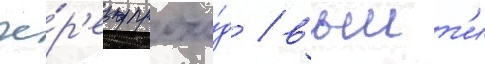
че́р'ез прохо́д / выит'и